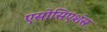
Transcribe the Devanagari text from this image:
एसोसिएशंस